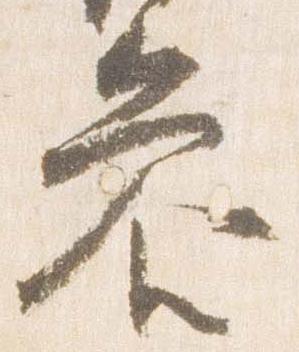
参